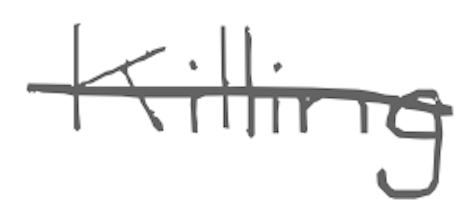
Text: Killing
Cross-out: single-line
Writing tool: digital_gray